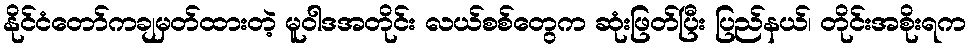
နိုင်ငံတော်ကချမှတ်ထားတဲ့ မူဝါဒအတိုင်း လယ်စစ်တွေက ဆုံးဖြတ်ပြီး ပြည်နယ်၊ တိုင်းအစိုးရက